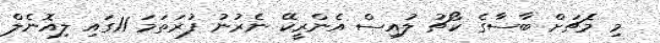
މި މެޗަށް ބާސާގެ ކޯޗު ލުއިސް އެންރީކޭ ނެރުނު ފުރަތަމަ 11ގައި ލިއޮނެލް